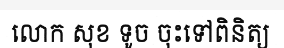
លោក សុខ ទូច ចុះទៅពិនិត្យ